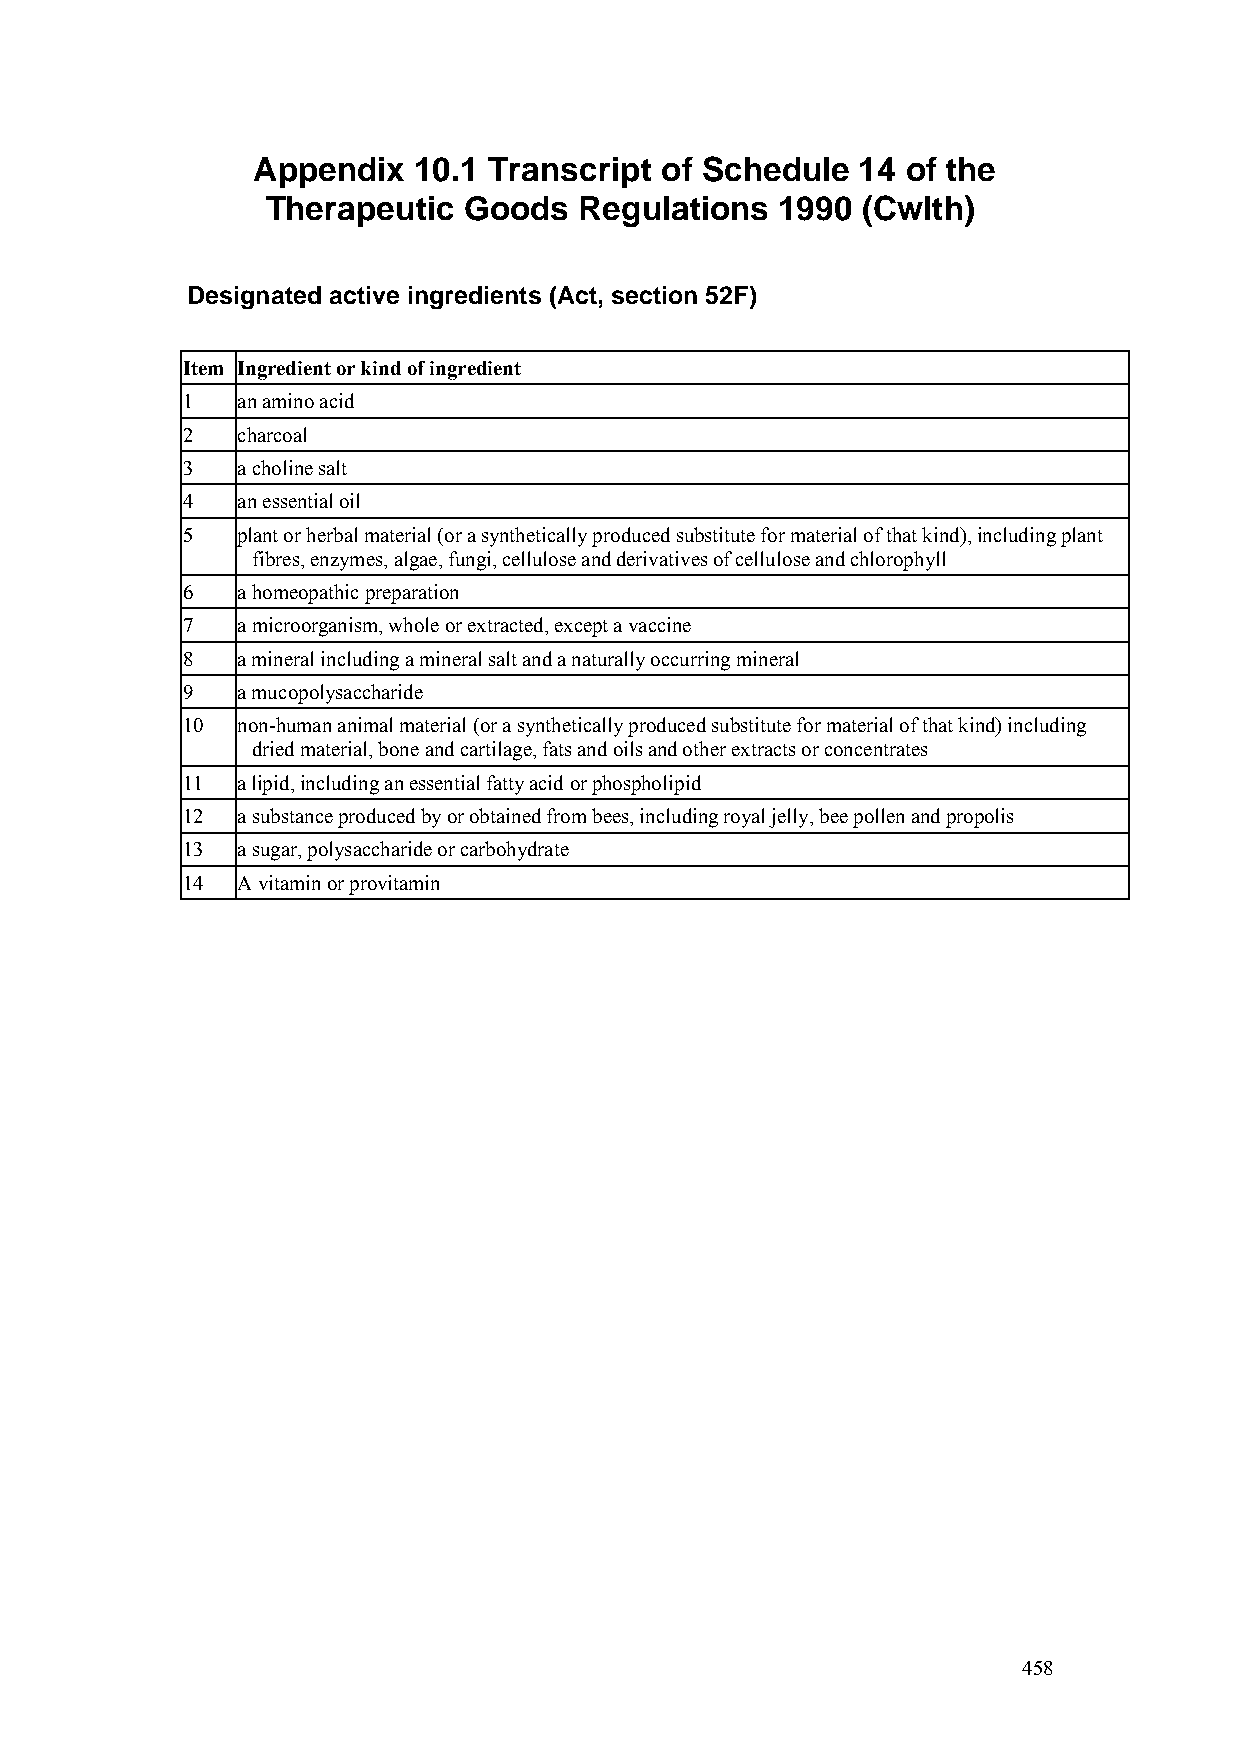
Appendix  10.1 Transcript  of Schedule  14 of the
 Therapeutic  Goods  Regulations   1990 (Cwlth)
 Designated active ingredients (Act, section 52F)
 Item Ingredient or kind of ingredient
 1   an amino acid
 2   charcoal
 3   a choline salt
 4   an essential oil
 5   plant or herbal material (or a synthetically produced substitute for material of that kind), including plant
 fibres, enzymes, algae, fungi, cellulose and derivatives of cellulose and chlorophyll
 6   a homeopathic preparation
 7   a microorganism, whole or extracted, except a vaccine
 8   a mineral including a mineral salt and a naturally occurring mineral
 9   a mucopolysaccharide
 10  non-human animal material (or a synthetically produced substitute for material of that kind) including
 dried material, bone and cartilage, fats and oils and other extracts or concentrates
 11  a lipid, including an essential fatty acid or phospholipid
 12  a substance produced by or obtained from bees, including royal jelly, bee pollen and propolis
 13  a sugar, polysaccharide or carbohydrate
 14  A vitamin or provitamin
 458